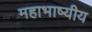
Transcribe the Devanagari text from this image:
महाभाष्यीय